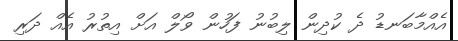
އެއްމާބަނޑު ދެ ކުދިން ލިބުނު ފަހުން ވޯލް އަށް އިތުރު އެއް ދަރި